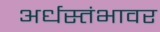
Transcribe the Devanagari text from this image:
अर्धस्तंभावर